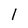
Character: 1